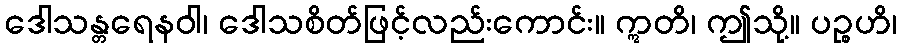
ဒေါသန္တရေနဝါ၊ ဒေါသစိတ်ဖြင့်လည်းကောင်း။ ဣတိ၊ ဤသို့။ ပဉ္စဟိ၊